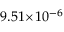
9 . 5 1 \! \times \! 1 0 ^ { - 6 }